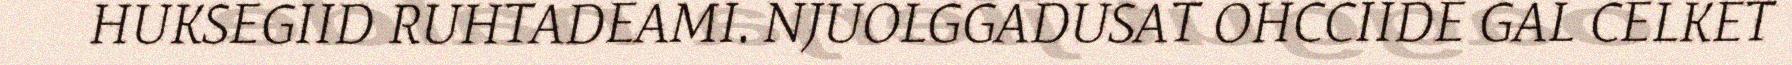
HUKSEGIID RUHTADEAMI. NJUOLGGADUSAT OHCCIIDE GAL CELKET